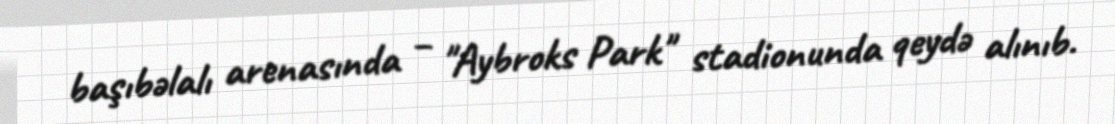
başıbəlalı arenasında – "Aybroks Park" stadionunda qeydə alınıb.